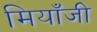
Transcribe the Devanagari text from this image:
मियाँजी